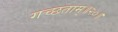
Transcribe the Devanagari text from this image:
गच्छताम्‌॥२०॥